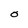
Character: O